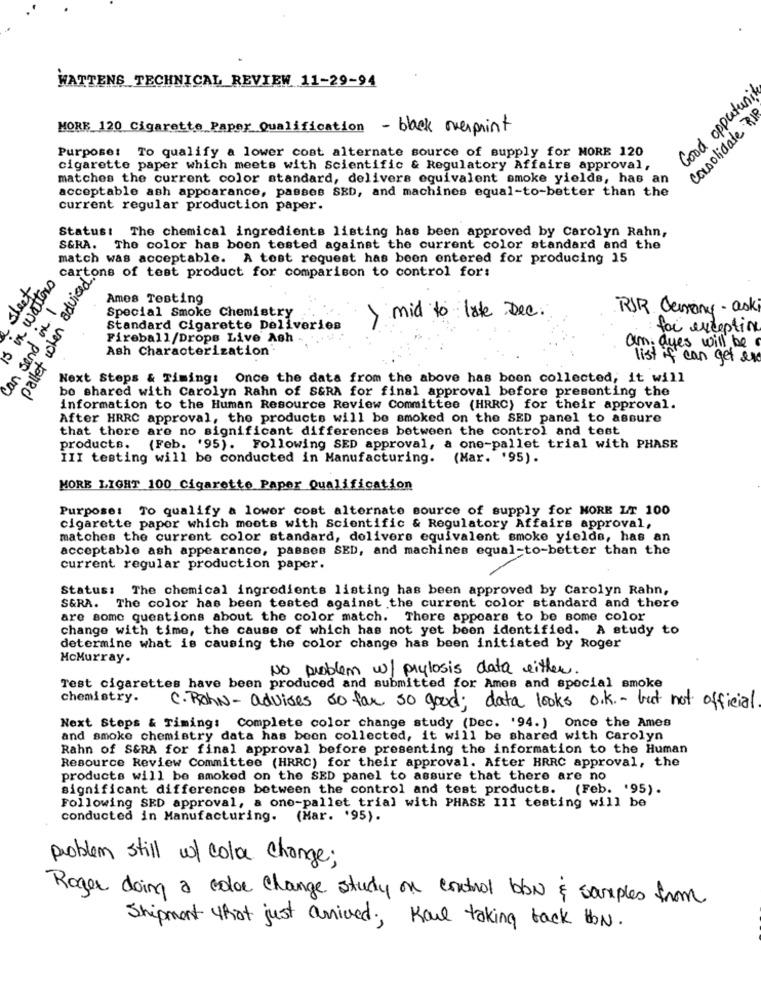
WATTENS TECHNICAL REVIEW 11-29-94
Good opportunity
consolidate RI
MORE 120 Cigarette Paper Qualification - black overprint
Purpose: To qualify a lower cost alternate source of supply for MORE 120
cigarette paper which meets with Scientific & Regulatory Affairs approval,
matches the current color standard, delivers equivalent smoke yields, has an
acceptable ash appearance, passes SED, and machines equal-to-better than the
current regular production paper.
Status: The chemical ingredients listing has been approved by carolyn Rahn,
SGRA. The color has been tested against the current color standard and the
match was acceptable. A test request has been entered for producing 15
is in watsons
pallet when advised?
cartons of test product for comparison to control for:
sheet
can send in 1
Ames Testing
RJR demany - aski
Special Smoke Chemistry
> mid to lote Dec.
Standard Cigarette Deliveries
for exception
Fireball/Drops Live Ash -
Ash Characterization
am dyes will be a
list if can get an
Next Steps & Timing: Once the data from the above has been collected, it will
bo shared with Carolyn Rahn of S&RA for final approval before presenting the
information to the Human Resource Review Committee (HRRC) for their approval.
After HRRC approval, the products will be smoked on the SED panel to assure
that there are no significant differences between the control and test
products.
(Feb. '95). Following SED approval, a one-pallet trial with PHASE
III testing will be conducted in Manufacturing. (Mar. '95).
MORE LIGHT 100 Cigarette Paper Qualification
Purpose: To qualify a lower cost alternate source of supply for MORE LT 100
cigarette papor which moots with Scientific & Regulatory Affairs approval,
matches the current color standard, delivers equivalent smoke yields, has an
acceptable ash appearance, passes SED, and machines equal-to-better than the
current regular production paper.
Status: The chemical ingredients listing has been approved by Carolyn Rahn,
S&RA. The color has been tested against the current color standard and there
are some questions about the color match. There appears to be some color
change with time, the cause of which has not yet been identified. A study to
determine what is causing the color change has been initiated by Roger
McMurray.
No problem w/prylosis data either.
Test cigarettes have been produced and submitted for Ames and special smoke
chemistry.
C. Rohn- advises so far so good; data looks o.k .- but not official.
Next Steps & Timing: Complete color change study (Dec. '94.) Once the Ames
and smoke chemistry data has been collected, it will be shared with Carolyn
Rahn of S&RA for final approval before presenting the information to the Human
Resource Review Committee (HRRC) for their approval. After HRRC approval, the
products will be smoked on the SED panel to assure that there are no
significant differences between the control and test products. (Feb. '95).
Following SED approval, a one-pallet trial with PHASE III testing will be
conducted in Manufacturing. (Mar. '95).
problem still w/ color change;
Roger doing a color change study on control blow & samples from
Shipment that just arrived; Karl taking back HON.